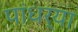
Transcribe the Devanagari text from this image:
पांधर्‍या